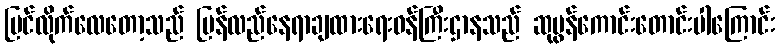
ပြင်လိုက်လေတော့သည် ပြန်လည်နေရာချထားရေးဝန်ကြီးဌာနသည် ဆုမွန်ကောင်းတောင်းပါကြောင်း